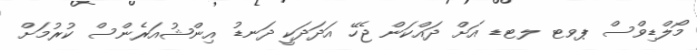
މޯލްޑިވްސް ޕވޓ ލޓޑ އަށް ދައްކަން ޖެހޭ އަދަދަކީ ދަނޑު އިންޝުއަރެންސް ކުރުމަށް